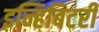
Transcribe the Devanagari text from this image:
इन्हिबिटरी